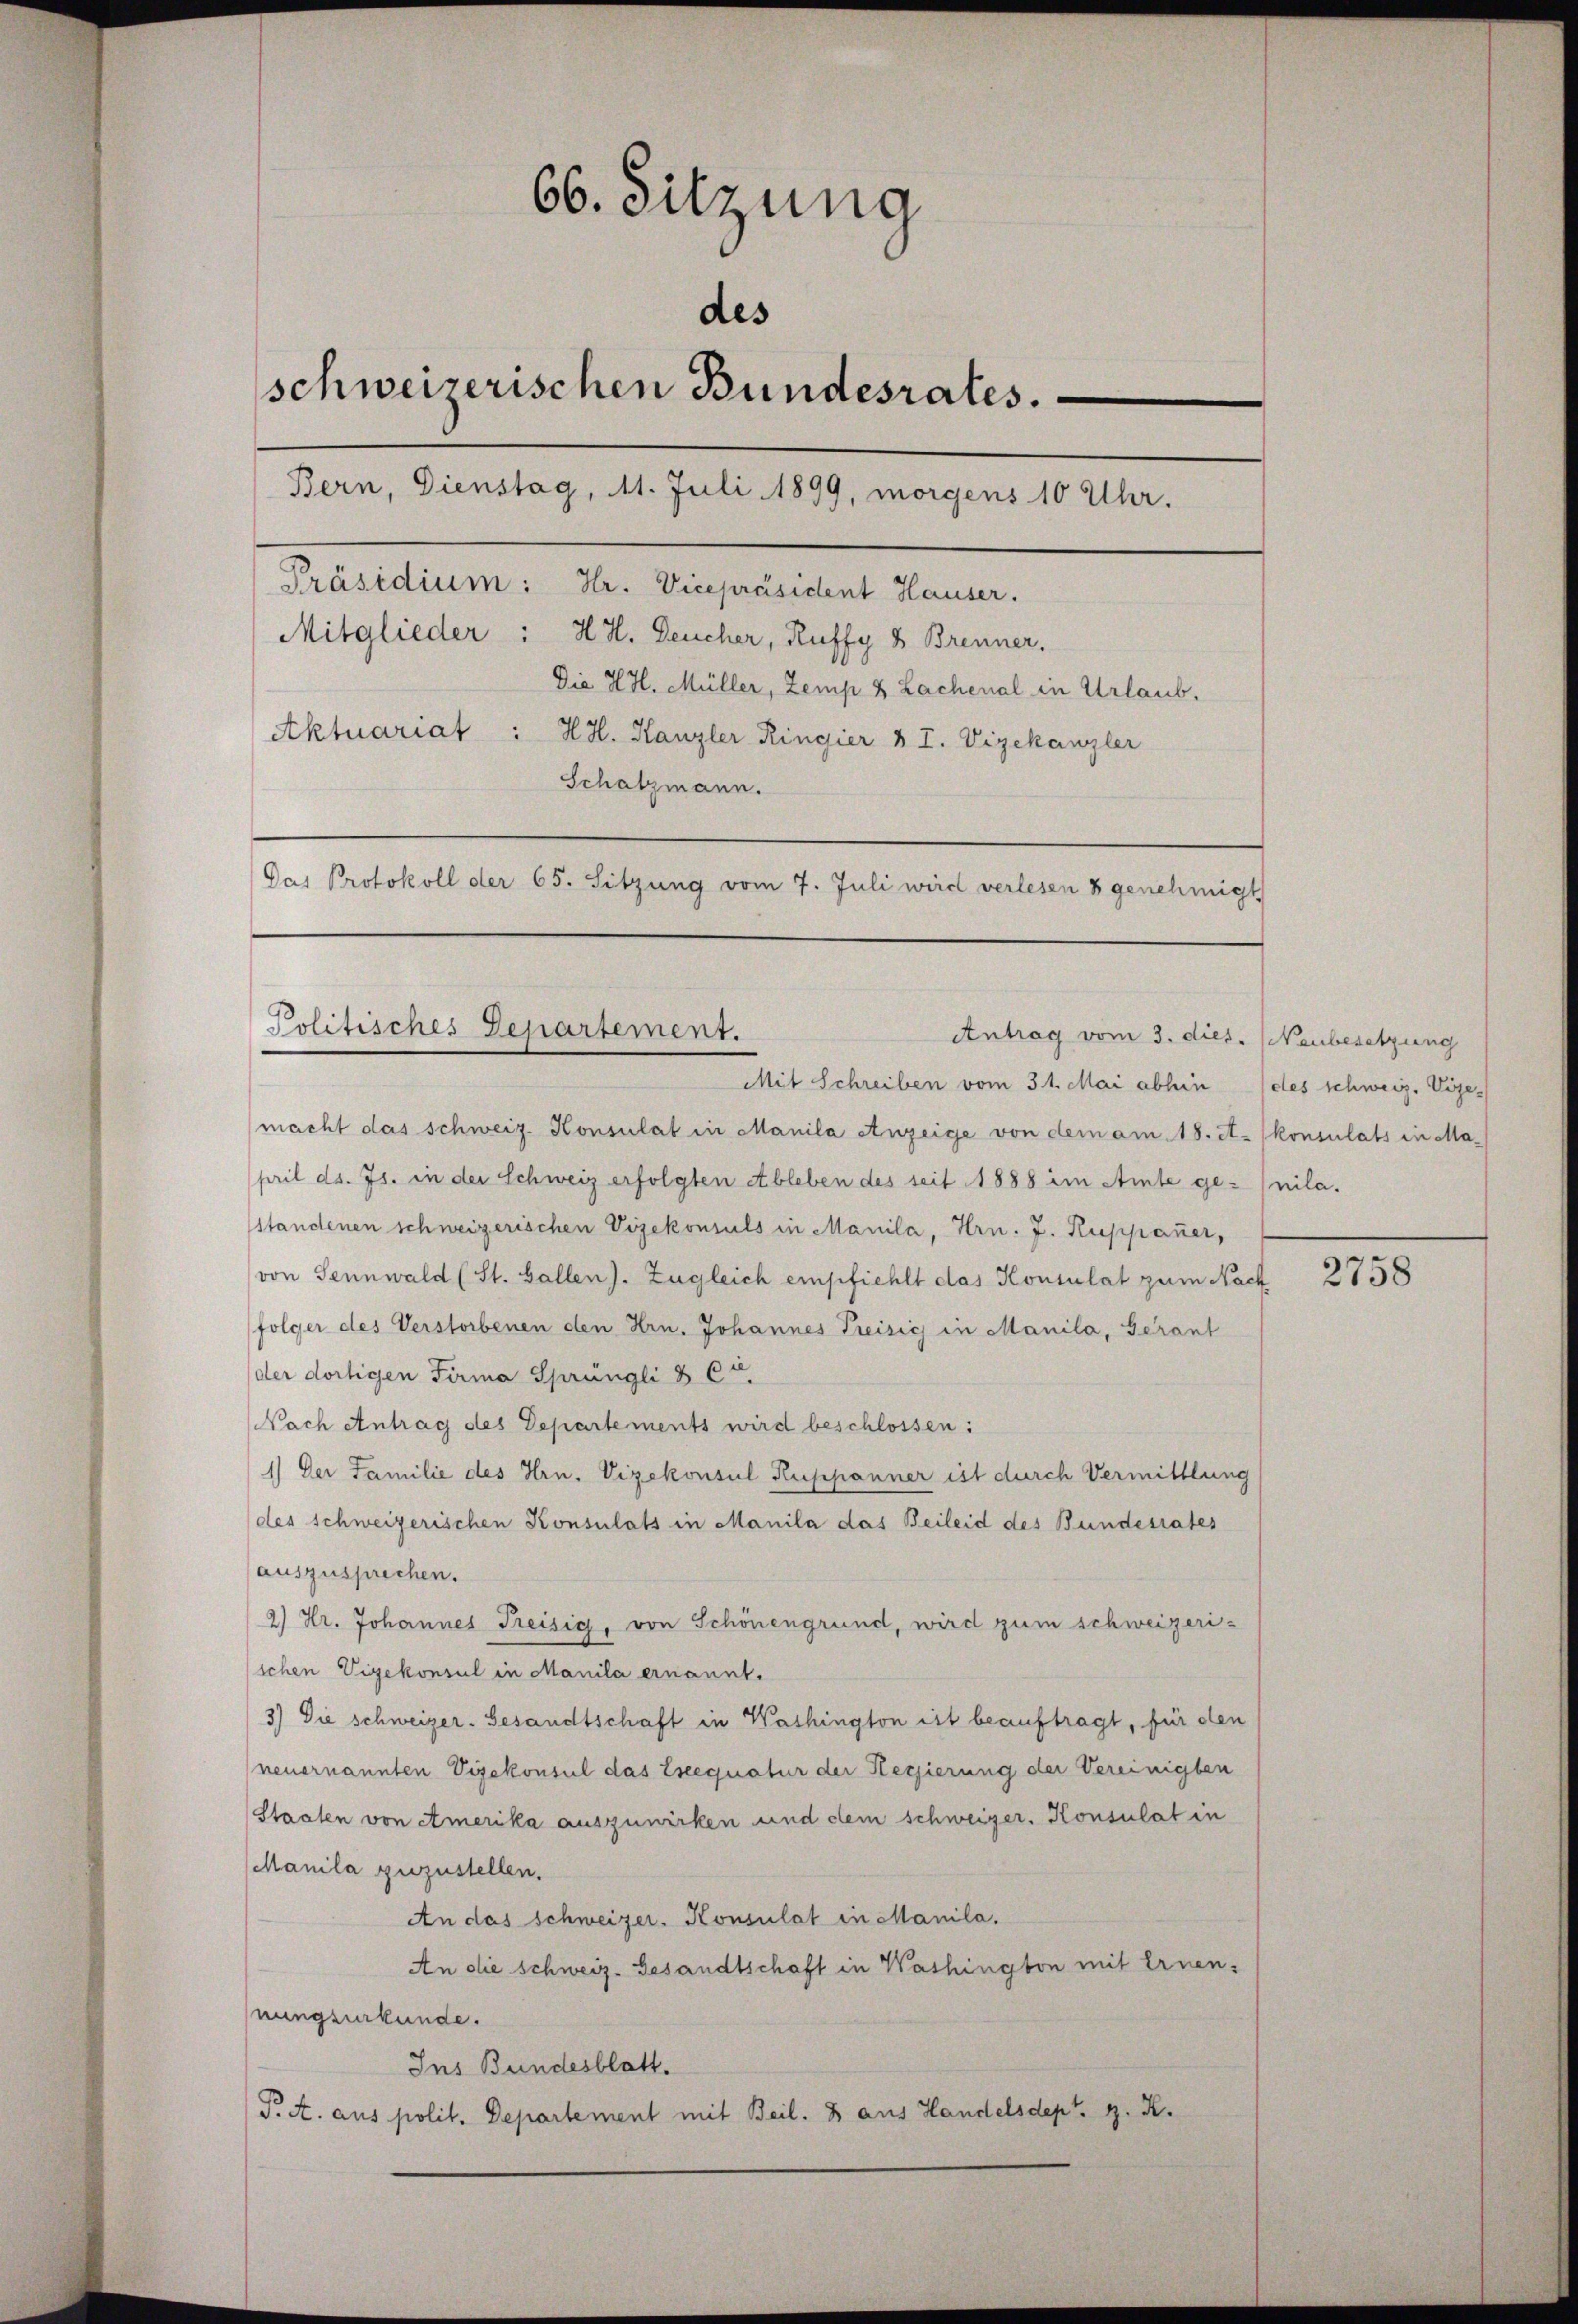
66. Sitzung
des
schweizerischen Bundesrates.
Bern, Dienstag, 11. Juli 1899, morgens 10 Uhr.
Präsidium: Hr. Vicepräsident Hauser.
Mitglieder: H. H. Deucher, Ruffy 8 Brenner.
Die H.H. Müller, Zemp & Lachenal in Urlaub.
Aktuariat
 H.H. Kanzler Ringier & T. Vizekanzler
Schatzmann.
Das Protokoll der 65. Sitzung vom 7. Juli wird verlesen 8 genehmigt

Politisches Departement.
Antrag vom 3. dies. Neubesetzung
Mit Schreiben vom 31. Mai abhin des schweiz. Vize-

macht das schweiz. Konsulat in Manila Anzeige von dem am 18. A. konsulats in Ma-
pril d. Js. in der Schweiz erfolgten Ableben des seit 1888 im Amte ge-nilastandenen schweizerischen Vizekonsuls in Manila, Hrn. J. Ruppauer,
von Sennwald (St. Gallen). Zugleich empfiehlt das Konsulat zum Nach
folger des Verstorbenen den Hrn. Johannes Preisich in Manila, Gerant
der dortigen Firma Sprüngli & Co.
Nach Antrag des Departements wird beschlossen:
1) Der Familie des Hrn. Vizekonsul Kuspanner ist durch Vermittlung
des schweizerischen Konsulats in Manila das Beileid des Bundesrates
auszusprechen.
2) Hr. Johannes Treisig, von Schönengrund, wird zum schweizeriichen Vizekonsul in Manila ernannt.
3) Die schweizer- Gesandtschaft in Washington ist beauftragt, für den
neuernannten Vizekonsul das Eseequatur der Hegierung der Vereinigten
Staaten von Amerika auszuwirken und dem Schweizer. Konsulat in
Manila zuzustellen.
An das Schweizer. Konsulat in Manila.
An die schweiz. Gesandtschaft in Washington mit Ernennungsurkunde.
Ins Bundesblatt.
P. A. aus polit. Departement mit Beil. 8 aus Handelsdept. H. K.

2758